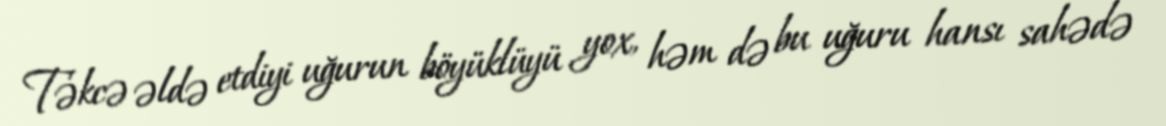
Təkcə əldə etdiyi uğurun böyüklüyü yox, həm də bu uğuru hansı sahədə